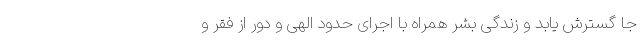
جا گسترش یابد و زندگی بشر همراه با اجرای حدود الهی و دور از فقر و